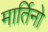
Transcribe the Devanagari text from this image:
मार्तिनो